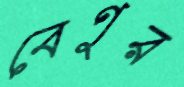
বেণুর